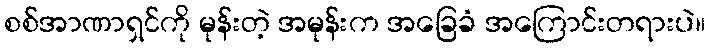
စစ်အာဏာရှင်ကို မုန်းတဲ့ အမုန်းက အခြေခံ အကြောင်းတရားပဲ။